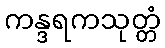
ကန္ဒရကသုတ္တံ